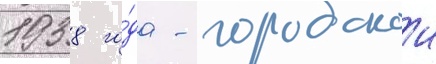
1938 го́да - городскои